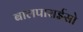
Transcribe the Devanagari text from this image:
बालपाराईसो